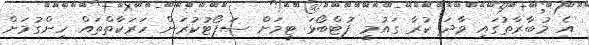
އެ މުބާރާތުގައި ވާދަ ކުރާ ގައުމީ ފުޓްބޯޅަ ޓީމަށް ސަޕޯޓުކުރަން ހަރަކާތްތައް ހިންގުމަށް